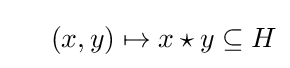
\quad \ (x,y)\mapsto x\star y\subseteq H